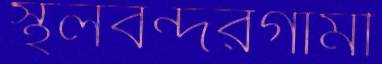
স্থলবন্দরগামী